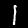
Digit: 1